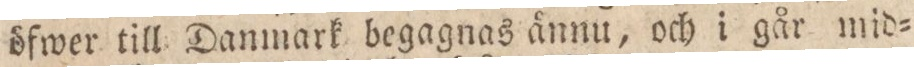
öfwer till Danmark begagnas ånnu, och i går mid=